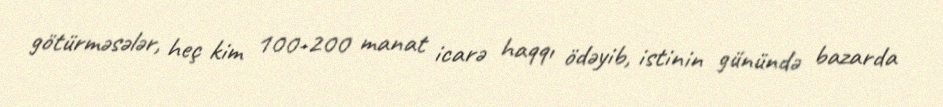
götürməsələr, heç kim 100-200 manat icarə haqqı ödəyib, istinin günündə bazarda